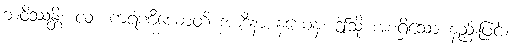
ဘဝိဿန္တိ။ လ။ ကရဏီယောတိ အာဒိနာ နယေန၊ ဤသို့ အစရှိသော နည်းဖြင့်။